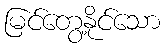
မြင်တွေ့နိုင်သော